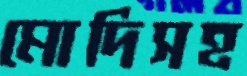
মোদিসহ